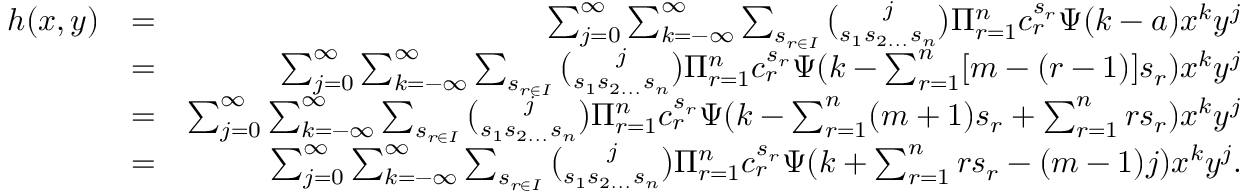
\begin{array} { r l r } { h ( x , y ) } & { = } & { \sum _ { j = 0 } ^ { \infty } \sum _ { k = - \infty } ^ { \infty } \sum _ { s _ { r \in I } } \binom { j } { s _ { 1 } s _ { 2 . . . } s _ { n } } \Pi _ { r = 1 } ^ { n } c _ { r } ^ { s _ { r } } \Psi ( k - a ) x ^ { k } y ^ { j } } \\ & { = } & { \sum _ { j = 0 } ^ { \infty } \sum _ { k = - \infty } ^ { \infty } \sum _ { s _ { r \in I } } \binom { j } { s _ { 1 } s _ { 2 . . . } s _ { n } } \Pi _ { r = 1 } ^ { n } c _ { r } ^ { s _ { r } } \Psi ( k - \sum _ { r = 1 } ^ { n } [ m - ( r - 1 ) ] s _ { r } ) x ^ { k } y ^ { j } } \\ & { = } & { \sum _ { j = 0 } ^ { \infty } \sum _ { k = - \infty } ^ { \infty } \sum _ { s _ { r \in I } } \binom { j } { s _ { 1 } s _ { 2 . . . } s _ { n } } \Pi _ { r = 1 } ^ { n } c _ { r } ^ { s _ { r } } \Psi ( k - \sum _ { r = 1 } ^ { n } ( m + 1 ) s _ { r } + \sum _ { r = 1 } ^ { n } r s _ { r } ) x ^ { k } y ^ { j } } \\ & { = } & { \sum _ { j = 0 } ^ { \infty } \sum _ { k = - \infty } ^ { \infty } \sum _ { s _ { r \in I } } \binom { j } { s _ { 1 } s _ { 2 . . . } s _ { n } } \Pi _ { r = 1 } ^ { n } c _ { r } ^ { s _ { r } } \Psi ( k + \sum _ { r = 1 } ^ { n } r s _ { r } - ( m - 1 ) j ) x ^ { k } y ^ { j } . } \end{array}